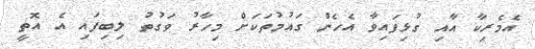
އެމެރިކާ އާއި ގުޅިފައިވާ އެހެން ގައުމުތަކަށް މިހާރު ވަގުތު ލިބިފައި އެ އޮތީ